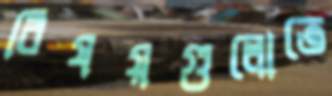
বিষয়গুলোতে